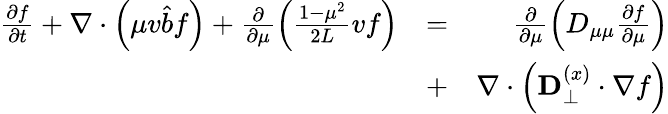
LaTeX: \begin{array}{rlr}{\frac{\partial f}{\partial t}+\nabla\cdot\left(\mu v\hat{b}f\right)+\frac{\partial}{\partial\mu}\left(\frac{1-\mu^{2}}{2L}vf\right)}&{=}&{\frac{\partial}{\partial\mu}\left(D_{\mu\mu}\frac{\partial f}{\partial\mu}\right)}\\ &{+}&{\nabla\cdot\left(\mathbf{D}_{\perp}^{(x)}\cdot\nabla f\right)}\end{array}